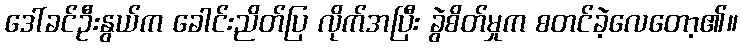
ဒေါ်ခင်ဦးနွယ်က ခေါင်းညိတ်ပြ လိုက်အပြီး ခွဲစိတ်မှုက စတင်ခဲ့လေတော့၏။